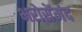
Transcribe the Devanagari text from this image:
भरोसेंमंद